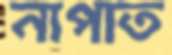
নাপাত